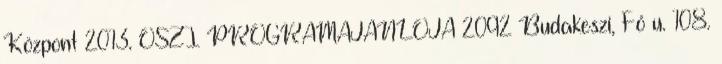
Központ 2013. ŐSZI PROGRAMAJÁNLÓJA 2092 Budakeszi, Fő u. 108.